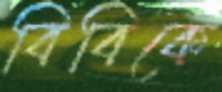
বিবিকে